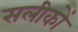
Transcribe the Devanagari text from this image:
सलीकों